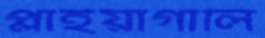
প্লাইয়াগালি